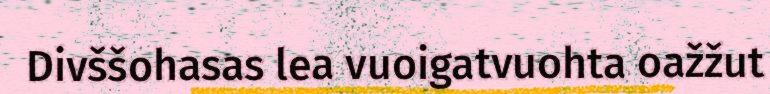
Divššohasas lea vuoigatvuohta oažžut